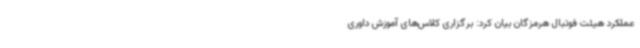
عملکرد هیئت فوتبال هرمزگان بیان کرد: برگزاری کلاس‌های آموزش داوری